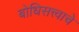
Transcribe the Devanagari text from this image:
बोधिसत्त्वाचे